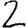
Digit: 2